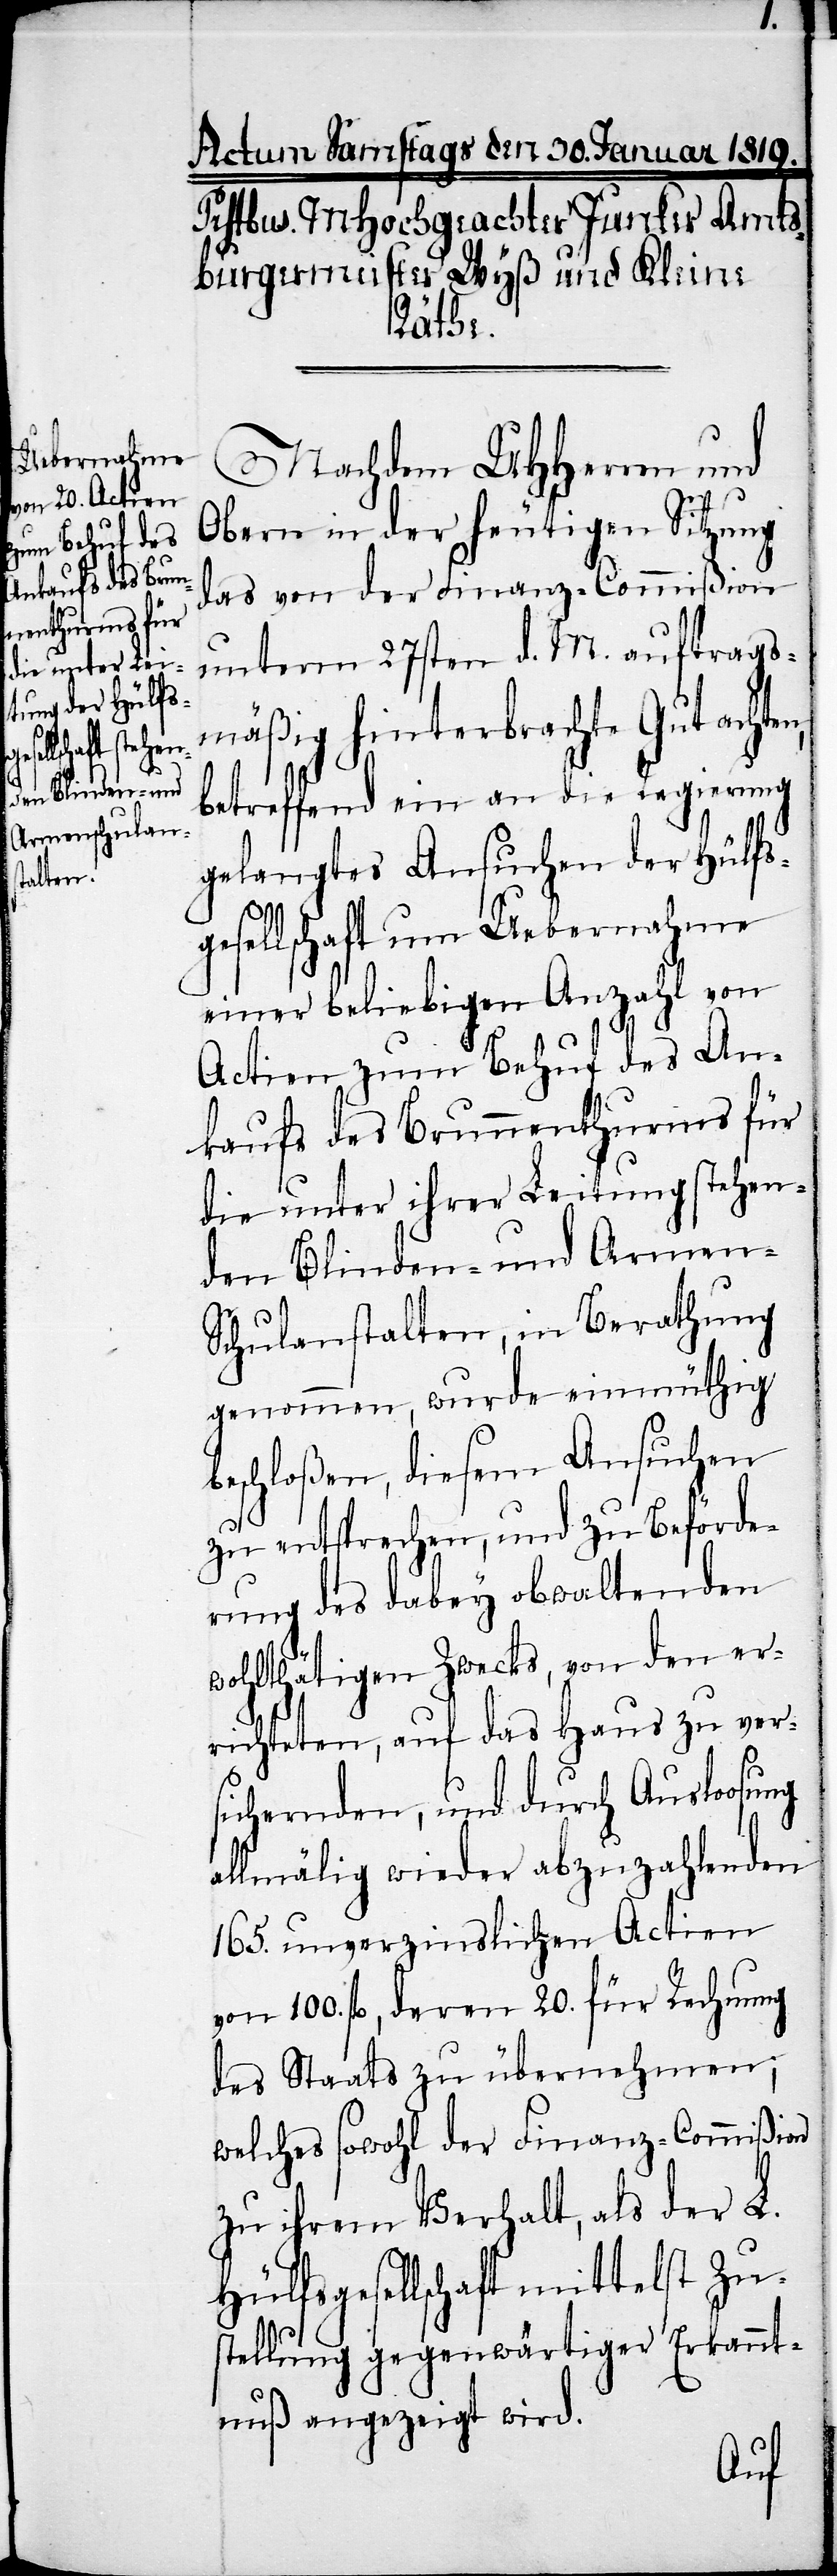
n,
Nachdem UHHerren und
Obern in der heutigen Sitzung
das von der Finanz-Commißion
unterm 27sten d. M. auftrags¬
mäßig hinterbrachte Gutachte¬
betreffend ein an die Regierung
gelangtes Ansuchen der Hülfs¬
gesellschaft um Uebernahme
einer beliebigen Anzahl von
Actien zum Behuf des An¬
kaufs des Brunnenthurms für
die unter ihrer Leitung stehen¬
den Blinden- und Armen-S¬
chulanstalten, in Berathung
genommen, wurde einmüthig
beschloßen, diesem Ansuchen
zu entsprechen, und zu Beförde¬
rung des dabey obwaltenden
wohlthätigen Zwecks, von den er¬
richteten, auf das Haus zu ver¬
sichernden, und durch Ausloosung
allmälig wieder abzuzahlenden
165. unverzinslichen Actien
von 100. fl., deren 20. für Rechnung
des Staats zu übernehmen;
welches sowohl der Finanz-Commißion
zu ihrem Verhalt, als der L.
Hülfsgesellschaft mittelst Zu¬
stellung gegenwärtiger Erkannt¬
nuß angezeigt wird.